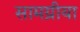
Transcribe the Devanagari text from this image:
सामग्रीया